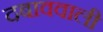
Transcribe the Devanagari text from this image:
दबाववाली